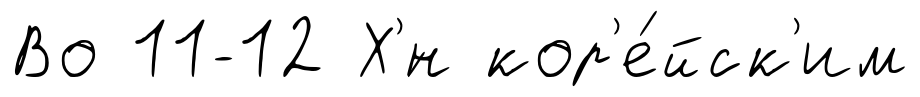
Во 11-12 Х'́н кор'е́йск'им